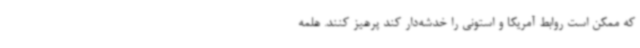
که ممکن است روابط آمریکا و استونی را خدشه‌دار کند پرهیز کنند. هلمه